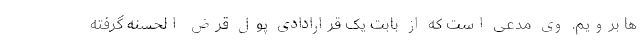
ها برویم. وی مدعی است که از بابت یک قرارادادی پول قرض الحسنه گرفته